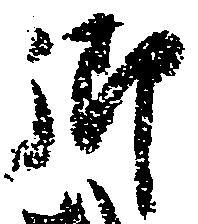
御